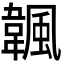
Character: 𩘚